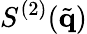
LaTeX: S^{(2)}(\tilde{\mathbf{q}})